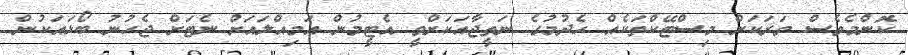
ކޮންމެވެސް ވަރަކަށް މިސްޓޭކްތަކެއް ހެދުމުގެ ނަތީޖާއަކަށްވީ އެޓީމުން އަމިއްލައަށް ނެޓަށް ޖެހުނު ބޯޅައަކުން